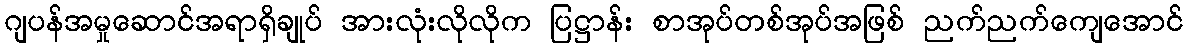
ဂျပန်အမှုဆောင်အရာရှိချုပ် အားလုံးလိုလိုက ပြဋ္ဌာန်း စာအုပ်တစ်အုပ်အဖြစ် ညက်ညက်ကျေအောင်